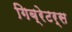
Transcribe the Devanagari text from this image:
गिब्रेटर्स